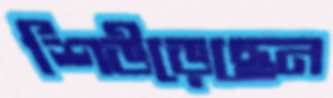
শিউড়েছেন